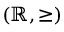
( \mathbb { R } , \geq )